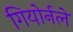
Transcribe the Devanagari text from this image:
गियोर्नले